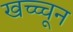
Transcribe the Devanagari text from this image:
खच्च्चून